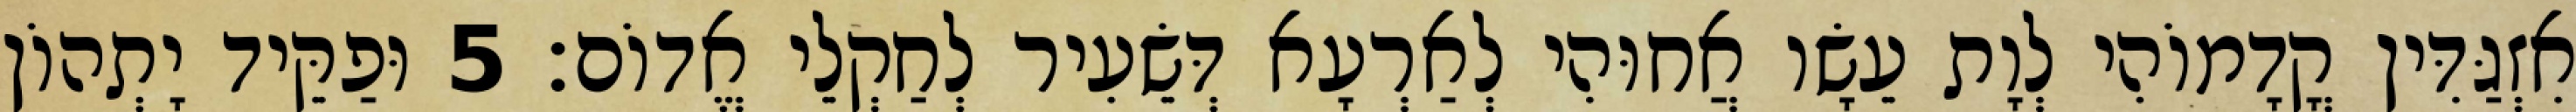
אִזְגַּדִּין קֳדָמוֹהִי לְוָת עֵשָׂו אֲחוּהִי לְאַרְעָא דְּשֵׂעִיר לְחַקְלֵי אֱדוֹם׃ 5 וּפַקֵּיד יָתְהוֹן